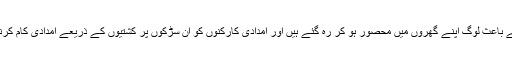
متاثرہ علاقوں میں اس سیلابی صورت حال کے باعث لوگ اپنے گھروں میں محصور ہو کر رہ گئے ہیں اور امدادی کارکنوں کو ان سڑکوں پر کشتیوں کے ذریعے امدادی کام کرنے پڑ رہے ہیں ، جو پانی میں ڈوب چکی ہیں۔